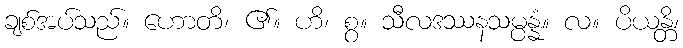
ချစ်အပ်သည်။ ဟောတိ၊ ၏။ ဟိ၊ စွ။ သီလဒဿနသမ္ပန္နံ။ လ။ ပိယန္တိ၊